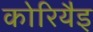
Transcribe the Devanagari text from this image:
कोरियैइ